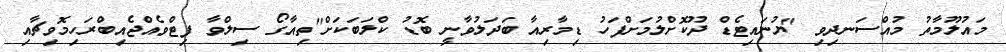
މައުލޫމާތު މުއްސަނދިވި "ޔުނައިޓެޑް ދޫކޮށްލުމަށްފަހު ޑިމާރިއާ ބަދަލުވާނީ ބޮޑު ކްލަބަކަށް"ތިއާގޯ ސިލްވާ ފިޓްވެއްޖެއިބްރަހިމޮވިޗާއި